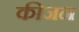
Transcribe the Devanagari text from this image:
कीजन